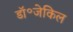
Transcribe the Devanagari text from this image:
डॉ॰जेकिल